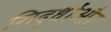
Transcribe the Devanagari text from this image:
गिद्धोंऔर